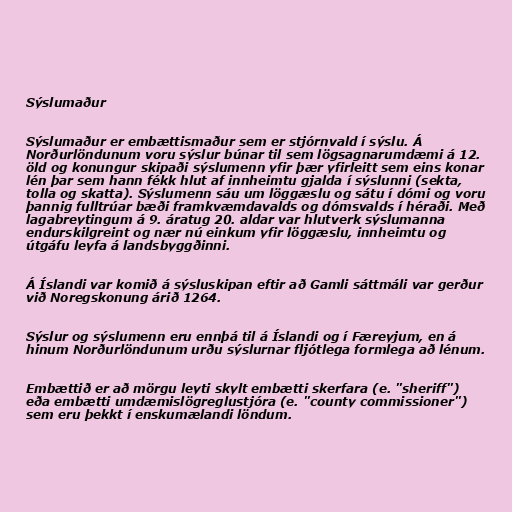
Sýslumaður

Sýslumaður er embættismaður sem er stjórnvald í sýslu. Á
Norðurlöndunum voru sýslur búnar til sem lögsagnarumdæmi á 12.
öld og konungur skipaði sýslumenn yfir þær yfirleitt sem eins konar
lén þar sem hann fékk hlut af innheimtu gjalda í sýslunni (sekta,
tolla og skatta). Sýslumenn sáu um löggæslu og sátu í dómi og voru
þannig fulltrúar bæði framkvæmdavalds og dómsvalds í héraði. Með
lagabreytingum á 9. áratug 20. aldar var hlutverk sýslumanna
endurskilgreint og nær nú einkum yfir löggæslu, innheimtu og
útgáfu leyfa á landsbyggðinni.

Á Íslandi var komið á sýsluskipan eftir að Gamli sáttmáli var gerður
við Noregskonung árið 1264.

Sýslur og sýslumenn eru ennþá til á Íslandi og í Færeyjum, en á
hinum Norðurlöndunum urðu sýslurnar fljótlega formlega að lénum.

Embættið er að mörgu leyti skylt embætti skerfara (e. "sheriff")
eða embætti umdæmislögreglustjóra (e. "county commissioner")
sem eru þekkt í enskumælandi löndum.